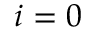
i = 0